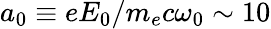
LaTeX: a_{0}\equiv eE_{0}/m_{e}c\omega_{0}\sim 10